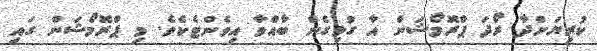
ކުރިޔަށްދާ ރޯދަ ޕްރޮމޯޝަން އާ ގުޅިގެން ބާއްވާ އިވެންޓެކެވެ. މި ޕްރޮމޯޝަން ގައި